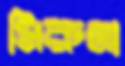
মিরুনা